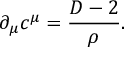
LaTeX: \partial _ { \mu } c ^ { \mu } = \frac { D - 2 } { \rho } .